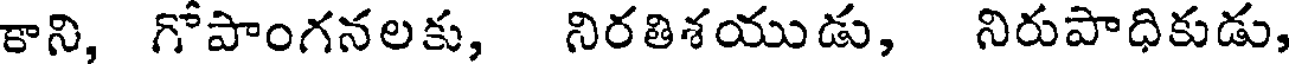
కాని, గోపాంగనలకు, నిరతిశయుడు, నిరుపాధికుడు,